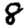
Digit: 8